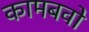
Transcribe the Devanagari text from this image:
कामबवो